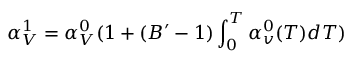
\alpha _ { V } ^ { 1 } = \alpha _ { V } ^ { 0 } ( 1 + ( B ^ { \prime } - 1 ) \int _ { 0 } ^ { T } \alpha _ { v } ^ { 0 } ( T ) d T )